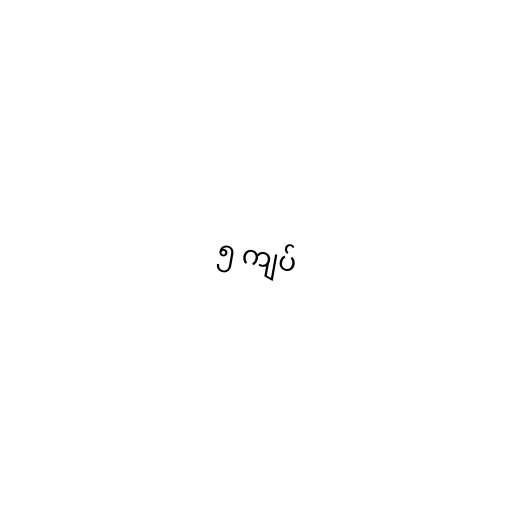
၅ ကျပ်